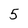
Character: 5